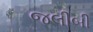
જલીબી